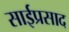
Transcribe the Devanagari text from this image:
साईप्रसाद